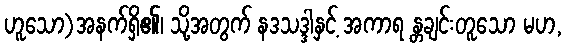
ဟူသော)အနက်ရှိ၏၊ သို့အတွက် နဒသဒ္ဒါနှင့် အကာရ န္တချင်းတူသော မဟ,